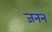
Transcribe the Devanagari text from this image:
जननं